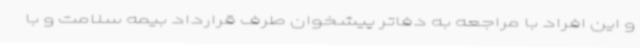
و این افراد با مراجعه به دفاتر پیشخوان طرف قرارداد بیمه سلامت و با